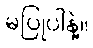
မပြုပါနဲ့။